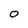
Character: O